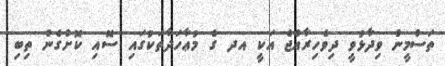
ތަސްމީން ވިދާޅުވީ ދިވެހިރާއްޖެ އަކީ އދ ގެ މުޢާހަދާތަކުގައި ސޮއި ކޮށްގެން ތިބި